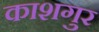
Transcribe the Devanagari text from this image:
काशगुर